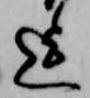
迄